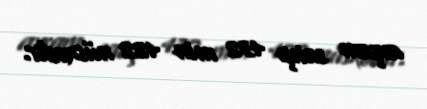
axşam satışı 432 min 422 nüsxədir.